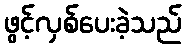
ဖွင့်လှစ်ပေးခဲ့သည်